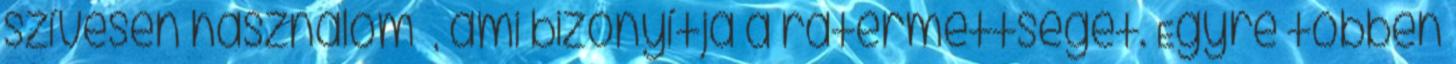
szívesen használom –, ami bizonyítja a rátermettségét. Egyre többen